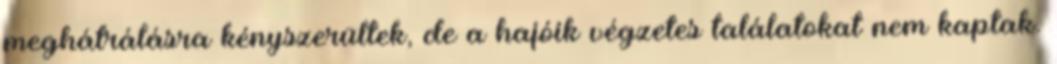
meghátrálásra kényszerültek, de a hajóik végzetes találatokat nem kaptak.